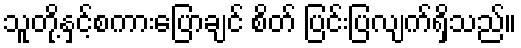
သူတို့နှင့်စကားပြောချင် စိတ် ပြင်းပြလျက်ရှိသည်။